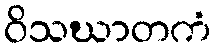
ဝိသဃာတကံ